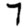
Digit: 7